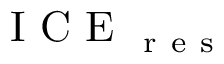
\mathrm { ~ I ~ C ~ E ~ } _ { \mathrm { ~ r ~ e ~ s ~ } }